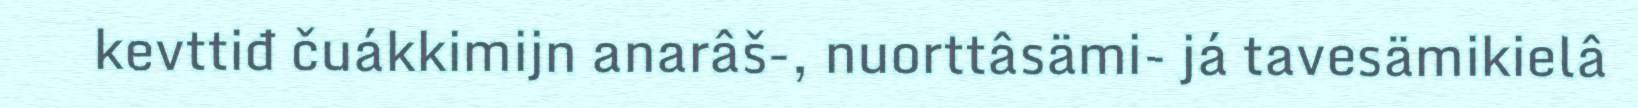
kevttiđ čuákkimijn anarâš-, nuorttâsämi- já tavesämikielâ